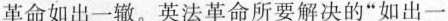
革命如出一辙。英法革命所要解决的”如出一